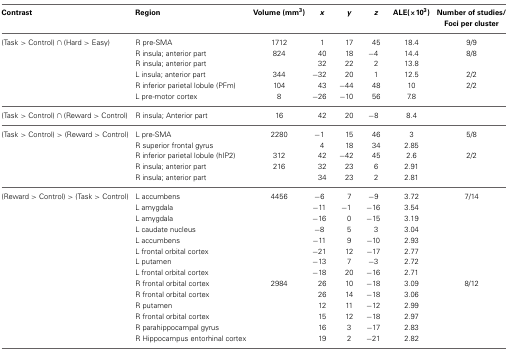
<table><thead><tr><td><b>Contrast</b></td><td><b>Region</b></td><td><b>Volume (mm<sup>3</sup>)</b></td><td><b><i>x</i></b></td><td><b><i>y</i></b></td><td><b><i>z</i></b></td><td><b>ALE(×10<sup>3</sup>)</b></td><td><b>Number of studies/Foci per cluster</b></td></tr></thead><tbody><tr><td>(Task &gt; Control) ∩ (Hard &gt; Easy)</td><td>R pre-SMA</td><td>1712</td><td>1</td><td>17</td><td>45</td><td>18.4</td><td>9/9</td></tr><tr><td></td><td>R insula; anterior part</td><td>824</td><td>40</td><td>18</td><td>−4</td><td>14.4</td><td>8/8</td></tr><tr><td></td><td>R insula; anterior part</td><td></td><td>32</td><td>22</td><td>2</td><td>13.8</td><td></td></tr><tr><td></td><td>L insula; anterior part</td><td>344</td><td>−32</td><td>20</td><td>1</td><td>12.5</td><td>2/2</td></tr><tr><td></td><td>R inferior parietal lobule (PFm)</td><td>104</td><td>43</td><td>−44</td><td>48</td><td>10</td><td>2/2</td></tr><tr><td></td><td>L pre-motor cortex</td><td>8</td><td>−26</td><td>−10</td><td>56</td><td>7.8</td><td></td></tr><tr><td>(Task &gt; Control) ∩ (Reward &gt; Control)</td><td>R insula; Anterior part</td><td>16</td><td>42</td><td>20</td><td>−8</td><td>8.4</td><td></td></tr><tr><td>(Task &gt; Control) &gt; (Reward &gt; Control)</td><td>L pre-SMA</td><td>2280</td><td>−1</td><td>15</td><td>46</td><td>3</td><td>5/8</td></tr><tr><td></td><td>R superior frontal gyrus</td><td></td><td>4</td><td>18</td><td>34</td><td>2.85</td><td></td></tr><tr><td></td><td>R inferior parietal lobule (hIP2)</td><td>312</td><td>42</td><td>−42</td><td>45</td><td>2.6</td><td>2/2</td></tr><tr><td></td><td>R insula; anterior part</td><td>216</td><td>32</td><td>23</td><td>6</td><td>2.91</td><td></td></tr><tr><td></td><td>R insula; anterior part</td><td></td><td>34</td><td>23</td><td>2</td><td>2.81</td><td></td></tr><tr><td>(Reward &gt; Control) &gt; (Task &gt; Control)</td><td>L accumbens</td><td>4456</td><td>−6</td><td>7</td><td>−9</td><td>3.72</td><td>7/14</td></tr><tr><td></td><td>L amygdala</td><td></td><td>−11</td><td>−1</td><td>−16</td><td>3.54</td><td></td></tr><tr><td></td><td>L amygdala</td><td></td><td>−16</td><td>0</td><td>−15</td><td>3.19</td><td></td></tr><tr><td></td><td>L caudate nucleus</td><td></td><td>−8</td><td>5</td><td>3</td><td>3.04</td><td></td></tr><tr><td></td><td>L accumbens</td><td></td><td>−11</td><td>9</td><td>−10</td><td>2.93</td><td></td></tr><tr><td></td><td>L frontal orbital cortex</td><td></td><td>−21</td><td>12</td><td>−17</td><td>2.77</td><td></td></tr><tr><td></td><td>L putamen</td><td></td><td>−13</td><td>7</td><td>−3</td><td>2.72</td><td></td></tr><tr><td></td><td>L frontal orbital cortex</td><td></td><td>−18</td><td>20</td><td>−16</td><td>2.71</td><td></td></tr><tr><td></td><td>R frontal orbital cortex</td><td>2984</td><td>26</td><td>10</td><td>−18</td><td>3.09</td><td>8/12</td></tr><tr><td></td><td>R frontal orbital cortex</td><td></td><td>26</td><td>14</td><td>−18</td><td>3.06</td><td></td></tr><tr><td></td><td>R putamen</td><td></td><td>12</td><td>11</td><td>−12</td><td>2.99</td><td></td></tr><tr><td></td><td>R frontal orbital cortex</td><td></td><td>15</td><td>12</td><td>−18</td><td>2.97</td><td></td></tr><tr><td></td><td>R parahippocampal gyrus</td><td></td><td>16</td><td>3</td><td>−17</td><td>2.83</td><td></td></tr><tr><td></td><td>R Hippocampus entorhinal cortex</td><td></td><td>19</td><td>2</td><td>−21</td><td>2.82</td><td></td></tr></tbody></table>